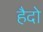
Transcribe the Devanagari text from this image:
हैदो